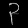
Digit: ၃